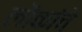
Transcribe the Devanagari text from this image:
लॊकांचे